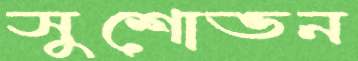
সুশোভন